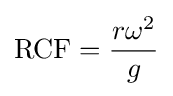
{\text{RCF}}={\frac {r\omega ^{2}}{g}}